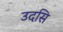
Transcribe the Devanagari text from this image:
उदसि